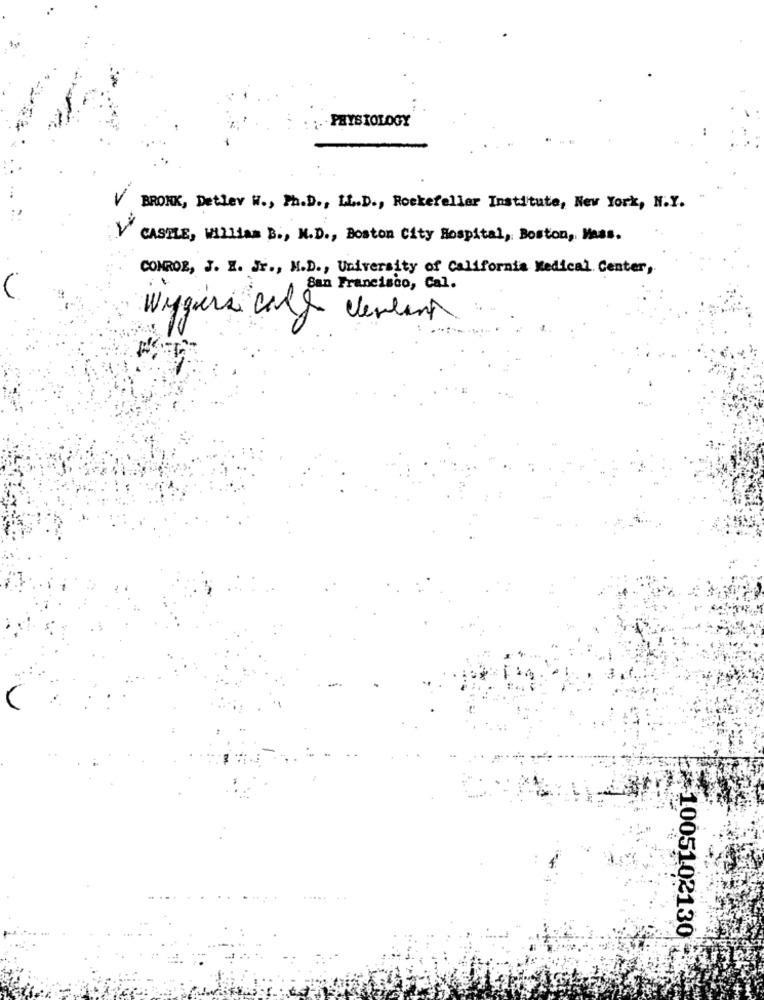
PHYSIOLOGY
-- 7
BRONK, Detlev W ., Ph.D ., LL.D ., Rockefeller Institute, New York, N.Y.
CASTLE, WILLIAM B ., M.D ., Boston City Hospital, Boston, Maas.
CONROE, J. X. Jr ., M.D ., University of California Medical Center,
San Francisco, Cal.
Wygers call center
# 1005102130